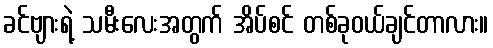
ခင်ဗျားရဲ့ သမီးလေးအတွက် အိပ်စင် တစ်ခုဝယ်ချင်တာလား။